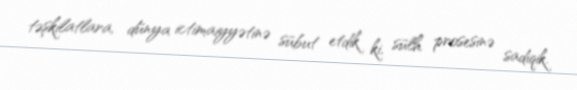
təşkilatlara, dünya ictimaiyyətinə sübut etdik ki, sülh prosesinə sadiqik.